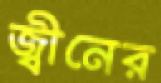
জ্বীনের